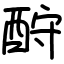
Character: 酧